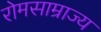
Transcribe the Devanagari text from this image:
रोमसाम्राज्य